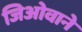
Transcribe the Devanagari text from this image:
जिओवाने